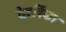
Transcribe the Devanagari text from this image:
देवर्षिका